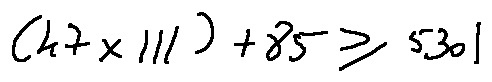
( 4 7 \times 1 1 1 ) + 8 5 \geq 5 3 0 1